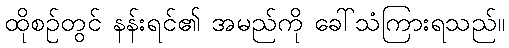
ထိုစဉ်တွင် နန်းရင်၏ အမည်ကို ခေါ်သံကြားရသည်။